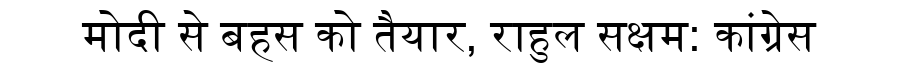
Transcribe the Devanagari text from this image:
मोदी से बहस को तैयार, राहुल सक्षम: कांग्रेस